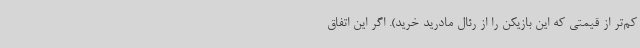
کم‌تر از قیمتی که این بازیکن را از رئال مادرید خرید). اگر این اتفاق